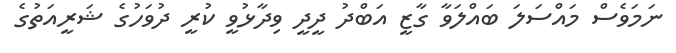
ނަމަވެސް މައްސަލަ ބައްލަވާ ގާޒީ އަބްދު ދީދީ ވިދާޅުވީ ކުރީ ދުވަހުގެ ޝަރީއަތުގެ